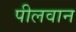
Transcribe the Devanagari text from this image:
पीलवान